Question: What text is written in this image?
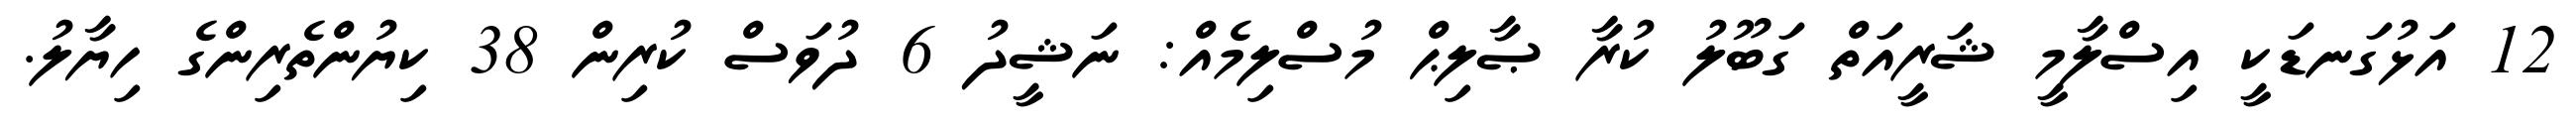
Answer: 12 އަޅުގަނޑަކީ އިސްލާމީ ޝަރީއަތް ގަބޫލު ކުރާ ޞާލިޙް މުސްލިމެއް: ނަޝީދު 6 ދުވަސް ކުރިން 38 ކިޔުންތެރިންގެ ހިޔާލު.